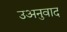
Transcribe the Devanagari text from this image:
उअनुवाद